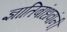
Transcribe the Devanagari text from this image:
ज्ञातिबांधवांनी